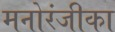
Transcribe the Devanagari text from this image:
मनोरंजीका